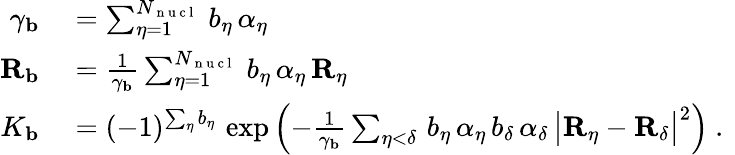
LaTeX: \begin{array}{rl}{\gamma_{\mathbf{b}}}&{{}=\sum_{\eta=1}^{N_{\mathrm{~n~u~c~l~}}}\, b_{\eta}\, \alpha_{\eta}}\\ {{\mathbf{R}_{\mathbf{b}}}}&{{}=\frac{1}{\gamma_{\mathbf{b}}}\sum_{\eta=1}^{N_{\mathrm{~n~u~c~l~}}}\, b_{\eta}\, \alpha_{\eta}\, {\mathbf{R}_{\eta}}}\\ {K_{\mathbf{b}}}&{{}=(-1)^{\sum_{\eta}b_{\eta}}\, \exp\left(-\frac{1}{\gamma_{\mathbf{b}}}\sum_{\eta<\delta}\, b_{\eta}\, \alpha_{\eta}\, b_{\delta}\, \alpha_{\delta}\, \big|{\mathbf{R}_{\eta}}-{\mathbf{R}_{\delta}}\big|^{2}\right)\mathrm{~.~}}\end{array}